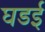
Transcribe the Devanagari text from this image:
घडई